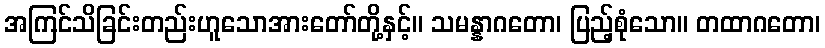
အကြင်သိခြင်းတည်းဟူသောအားတော်တို့နှင့်။ သမန္နာဂတော၊ ပြည့်စုံသော။ တထာဂတော၊